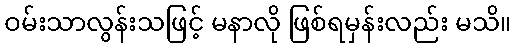
ဝမ်းသာလွန်းသဖြင့် မနာလို ဖြစ်ရမှန်းလည်း မသိ။